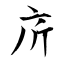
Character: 庍